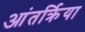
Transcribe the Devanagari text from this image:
आंतर्क्रिया